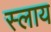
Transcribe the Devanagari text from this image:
स्लाय